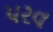
પરવ